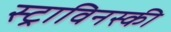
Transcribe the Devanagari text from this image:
स्ट्राविनस्की